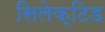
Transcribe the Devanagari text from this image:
सिलेक्टिड